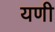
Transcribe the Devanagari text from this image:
यणी